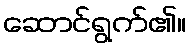
ဆောင်ရွက်၏။